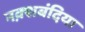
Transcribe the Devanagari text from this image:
नक़्शबंदिया